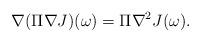
LaTeX: \begin{align*}\nabla (\Pi \nabla J)(\omega)=\Pi \nabla^{2} J(\omega).\end{align*}